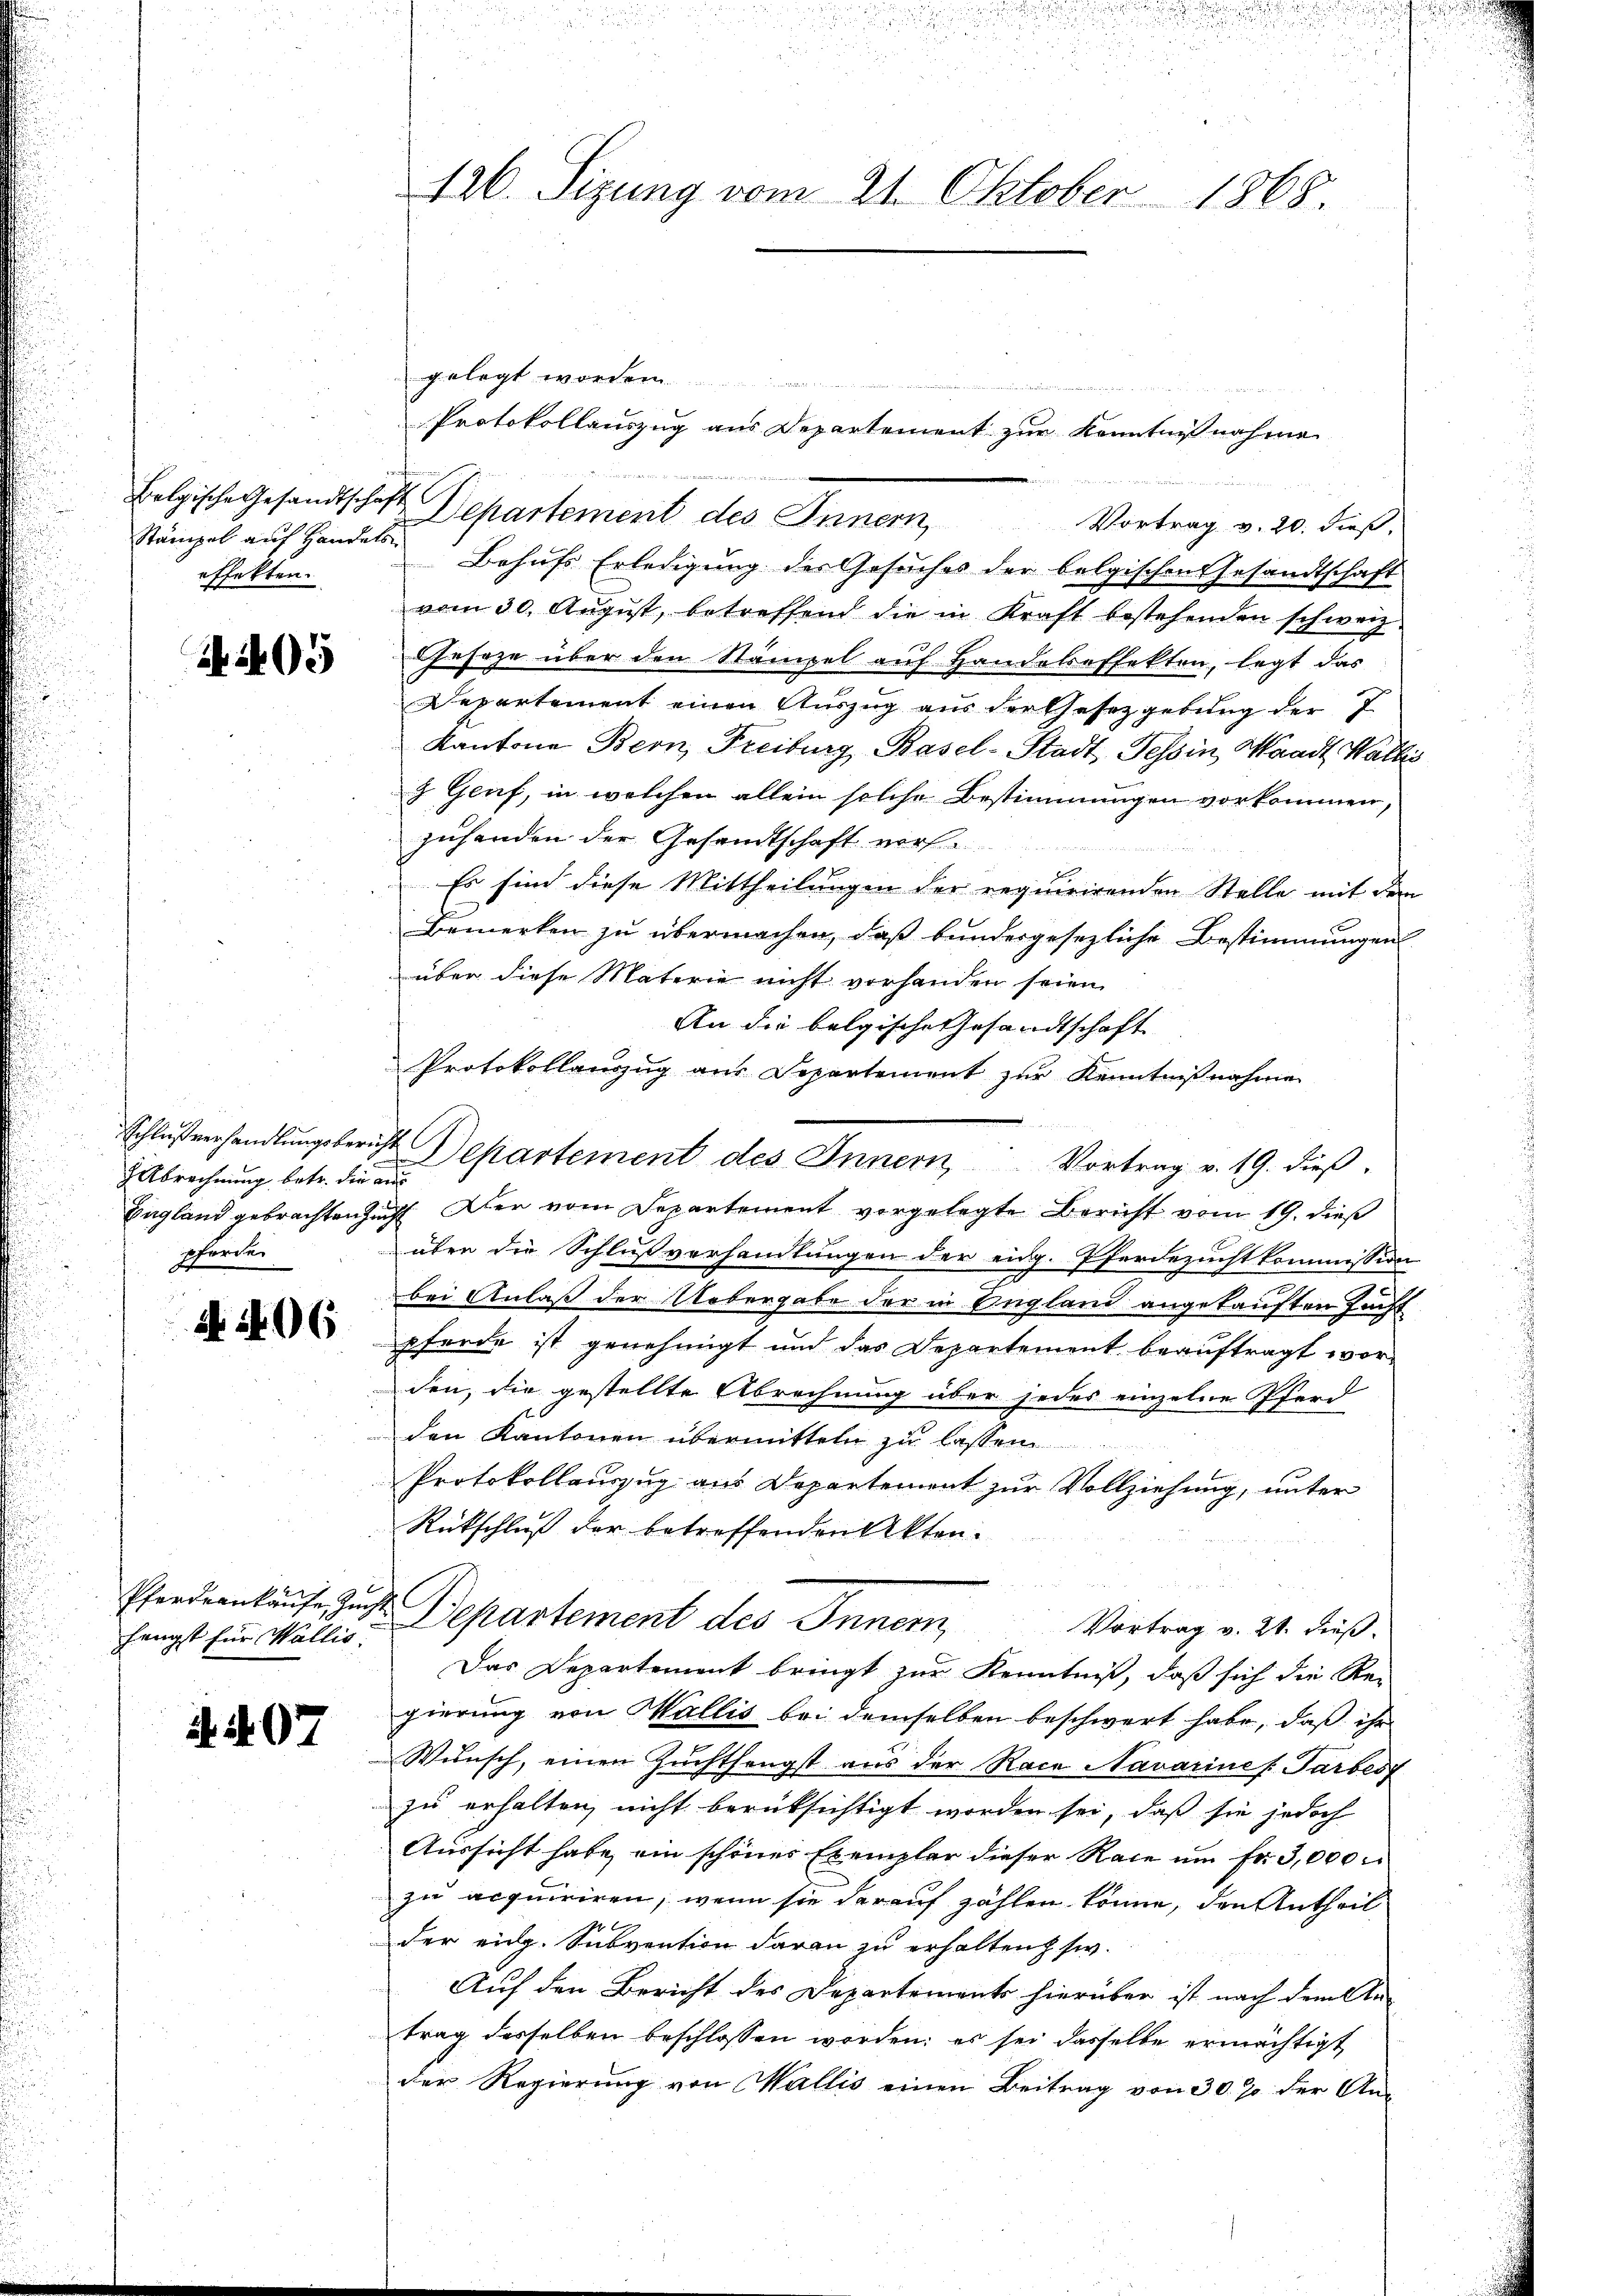
Stämpel auf Handels
effekten.

495

Abrechnung betr. die au
pforden

A 206

hängst für Wallis:

2. 407

126. Sizung vom 21. Oktober 1868.

gelegt worden.
Belgische Gesandtschaft Departement des Innern, Vortrag v. 20. dieβ,
Behufs Erledigung des Gesuches der belgischen Gesandtschaft
vom 30. August, betreffend die in Kraft bestehenden schweiz.
Gesage über den Stämpel auf Handeleffekten, legt das
Departement einen Auszug aus der Gesetzgebung der 7
Kantone Bern, Freiburg Basel-Stadt, Tessin, Waadt Wallis
z Genf, in welchen allein solche Bestimmungen vorkommen,
zuhanden der Gesandtschaft vorh
Es sind diese Mittheilungen der requirirenden Stelle mit dem
Bemerken zu übermachen, daß bundergesezliche Bestimmungen
über diese Materie nicht vorhanden seien.
An die belgische Gesandtschaft
Protokollanzug aus Departement zur Kenntnißnahme
Schlußverhandlŭngsbericht Departement des Innern, Vortrag v. 19. dieβ
England gebrachten Zunft der vom Departement vorgelegte Bericht vom 19. dieß
über die Schlußverhandlungen der eidg. Pferdezucht kommission
bei Anlaß der Uebergabe der in England angekauften Zucht
pferde ist genehmigt und das Departement beauftragt worden, die gestellte Abrechnung über jedes einzelne Pferd
den Kantonen übermitteln zu lassen
Protokollauszug aus Departement zur Vollziehung, unter
Rückschluß der betreffenden Akten.
u
Pfandrenkaufe zu. Departement des Innern,
Vortrag v. 21. dieß.
Das Departement bringt zur Kenntniß, daß sich die Rei
gierung von Wallis bei demselben beschwert habe, daß ihr
Wunsch, einen Zuchthengst aus der Race Navarines Farbes
zu erhalten, nicht berüksichtigt worden sei, daß sie jedoch
Aussicht habe, ein schönes Exemplar dieser Rate um fr. 3,000
zu acquiriren, wenn sie darauf zählen könne, den Antheil
der eidg. Subvention daran zu erhalten, siv.
Auf den Bericht des Departements hierüber ist nach dem Antrag desselben beschlossen worden; es sei dasselbe ermächtigt
der Regierung von Wallis einen Beitrag von 30% der An-

Protokollauszug aus Departement zur Kenntnißnahme

e in den Sachens in er